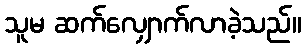
သူမ ဆက်လျှောက်လာခဲ့သည်။